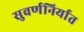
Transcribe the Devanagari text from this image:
सुवर्णनिर्यात